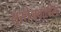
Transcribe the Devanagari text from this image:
सुरतेजवळील